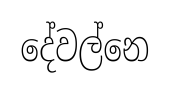
දේවල්නෙ